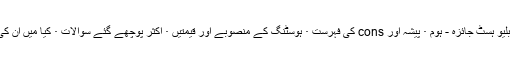
فوری چھلانگ: بلیو ہسٹ جائزہ - ہوم · پیشہ اور cons کی فہرست · ہوسٹنگ کے منصوبے اور قیمتیں · اکثر پوچھے گئے سوالات · کیا میں ان کی سفارش کروں؟